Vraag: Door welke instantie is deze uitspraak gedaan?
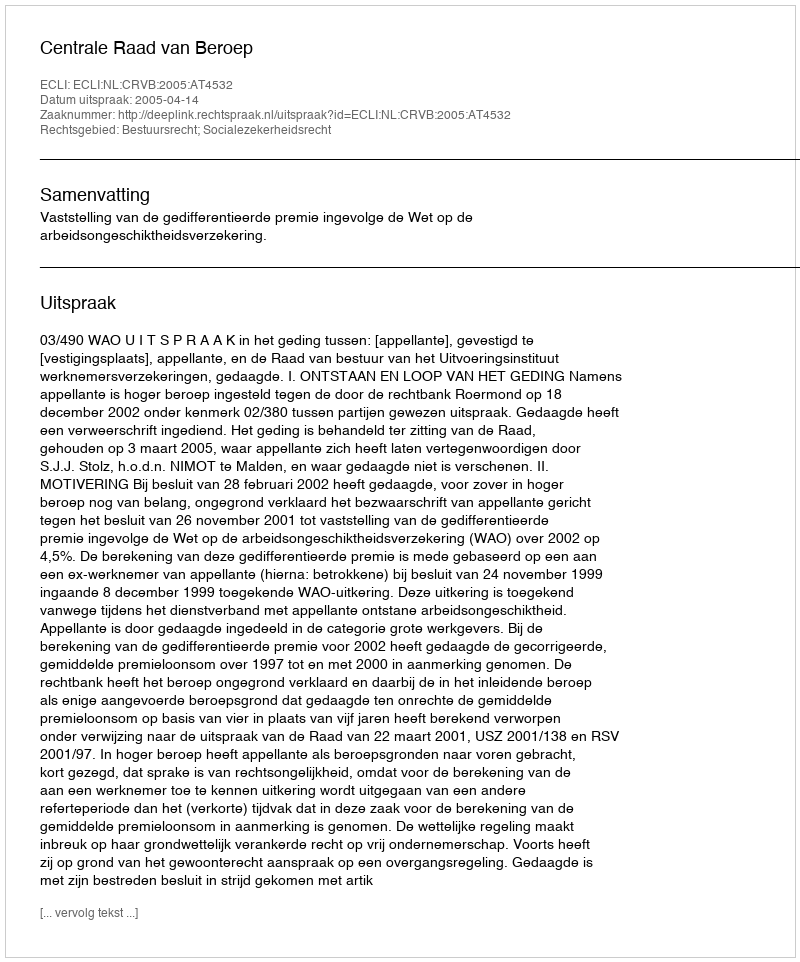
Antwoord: Centrale Raad van Beroep